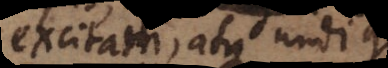
excitam, atque undique